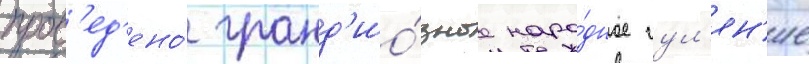
пров'ед'ено́ гранд'ио́зное наро́дное гул'ян'ие